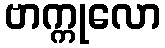
ဗာက္ကုလော